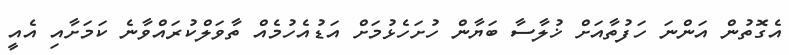
އެގޮތުން އަންނަ ހަފުތާއަށް ޚުލާސާ ބަޔާން ހުށަހެޅުމަށް އަޑުއެހުމެއް ތާވަލްކުރައްވާނެ ކަމަށާއި އެއީ